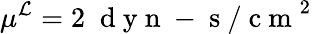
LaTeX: \mu^{\mathcal{L}}=2\; \mathrm{~d~y~n~-~s~/~c~m~}^{2}